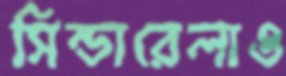
সিন্ডারেলাও